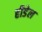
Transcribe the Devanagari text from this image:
हीडेल